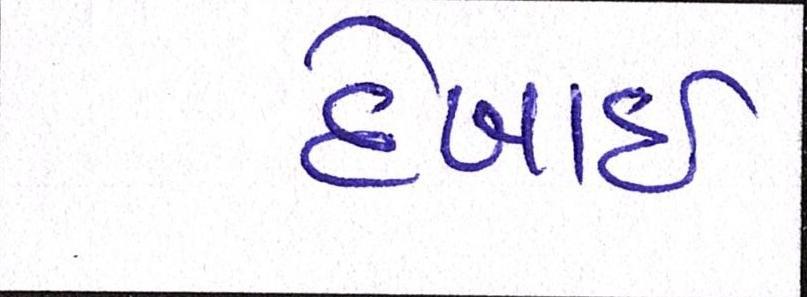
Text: દેખાઈ